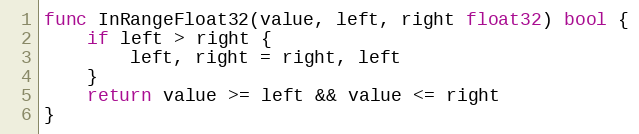
Language: Go
func InRangeFloat32(value, left, right float32) bool {
	if left > right {
		left, right = right, left
	}
	return value >= left && value <= right
}